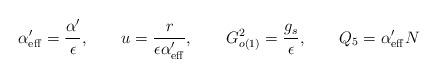
LaTeX: \begin{align*}\alpha ^{\prime }_{\rm eff} = \frac{\alpha ^{\prime }}{\epsilon },\qquad u = \frac{r}{\epsilon \alpha ^{\prime }_{\rm eff}},\qquad G_{o(1)}^{2}= \frac{g_{s}}{\epsilon },\qquad Q_{5}=\alpha ^{\prime }_{\rm eff}N\end{align*}